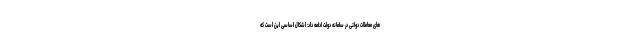
های معاملات دولتی در سامانه دولت ادامه داد: اشکال اساسی این است که